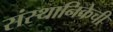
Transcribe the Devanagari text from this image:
संस्थानिकेची